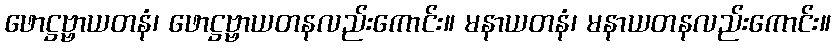
ဖောဋ္ဌဗ္ဗာယတနံ၊ ဖောဋ္ဌဗ္ဗာယတနလည်းကောင်း။ မနာယတနံ၊ မနာယတနလည်းကောင်း။